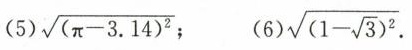
(5) $$\sqrt{(\pi -3.14)^{2}}$$;(6)$$\sqrt{(1- \sqrt{3})^{2}}$$.